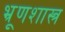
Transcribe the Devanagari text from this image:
भ्रूणशास्त्र